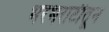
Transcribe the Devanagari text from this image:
भरभराटीतून